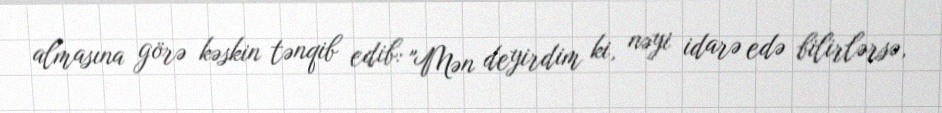
almasına görə kəskin tənqib edib: "Mən deyirdim ki, nəyi idarə edə bilirlərsə,